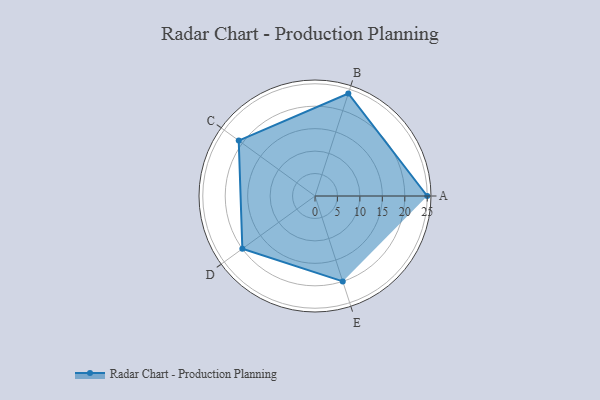
{"axis": {"x": "Skill", "y": "Score"}, "legend": ["Profile"], "data": [{"x": "A", "y": 25.0, "type": "Profile"}, {"x": "B", "y": 24.0, "type": "Profile"}, {"x": "C", "y": 21.0, "type": "Profile"}, {"x": "D", "y": 20, "type": "Profile"}, {"x": "E", "y": 20, "type": "Profile"}]}